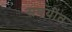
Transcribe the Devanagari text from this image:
सवयीत